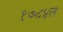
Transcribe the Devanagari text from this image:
१७८४त